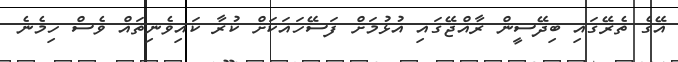
އޭގެ ތެރޭގައި ބިދޭސީން ރާއްޖޭގައި އުޅުމަށް ފަސޭހައަކަށް ކުރާ ކައިވެނިތައް ވެސް ހިމެނެ